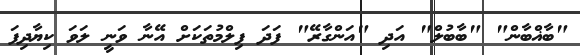
"ބާޣްބާން" "ބާބުލް" އަދި "އަންގާރޭ" ފަދަ ފިލްމުތަކަށް އޭނާ ވަނީ ލަވަ ކިޔާދިފަ